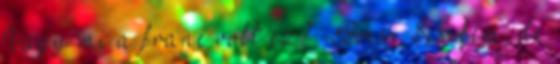
Vagy mi a franc volt ez? -Bocsi Sisikém, de